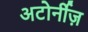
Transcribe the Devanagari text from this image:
अटोर्नीज़